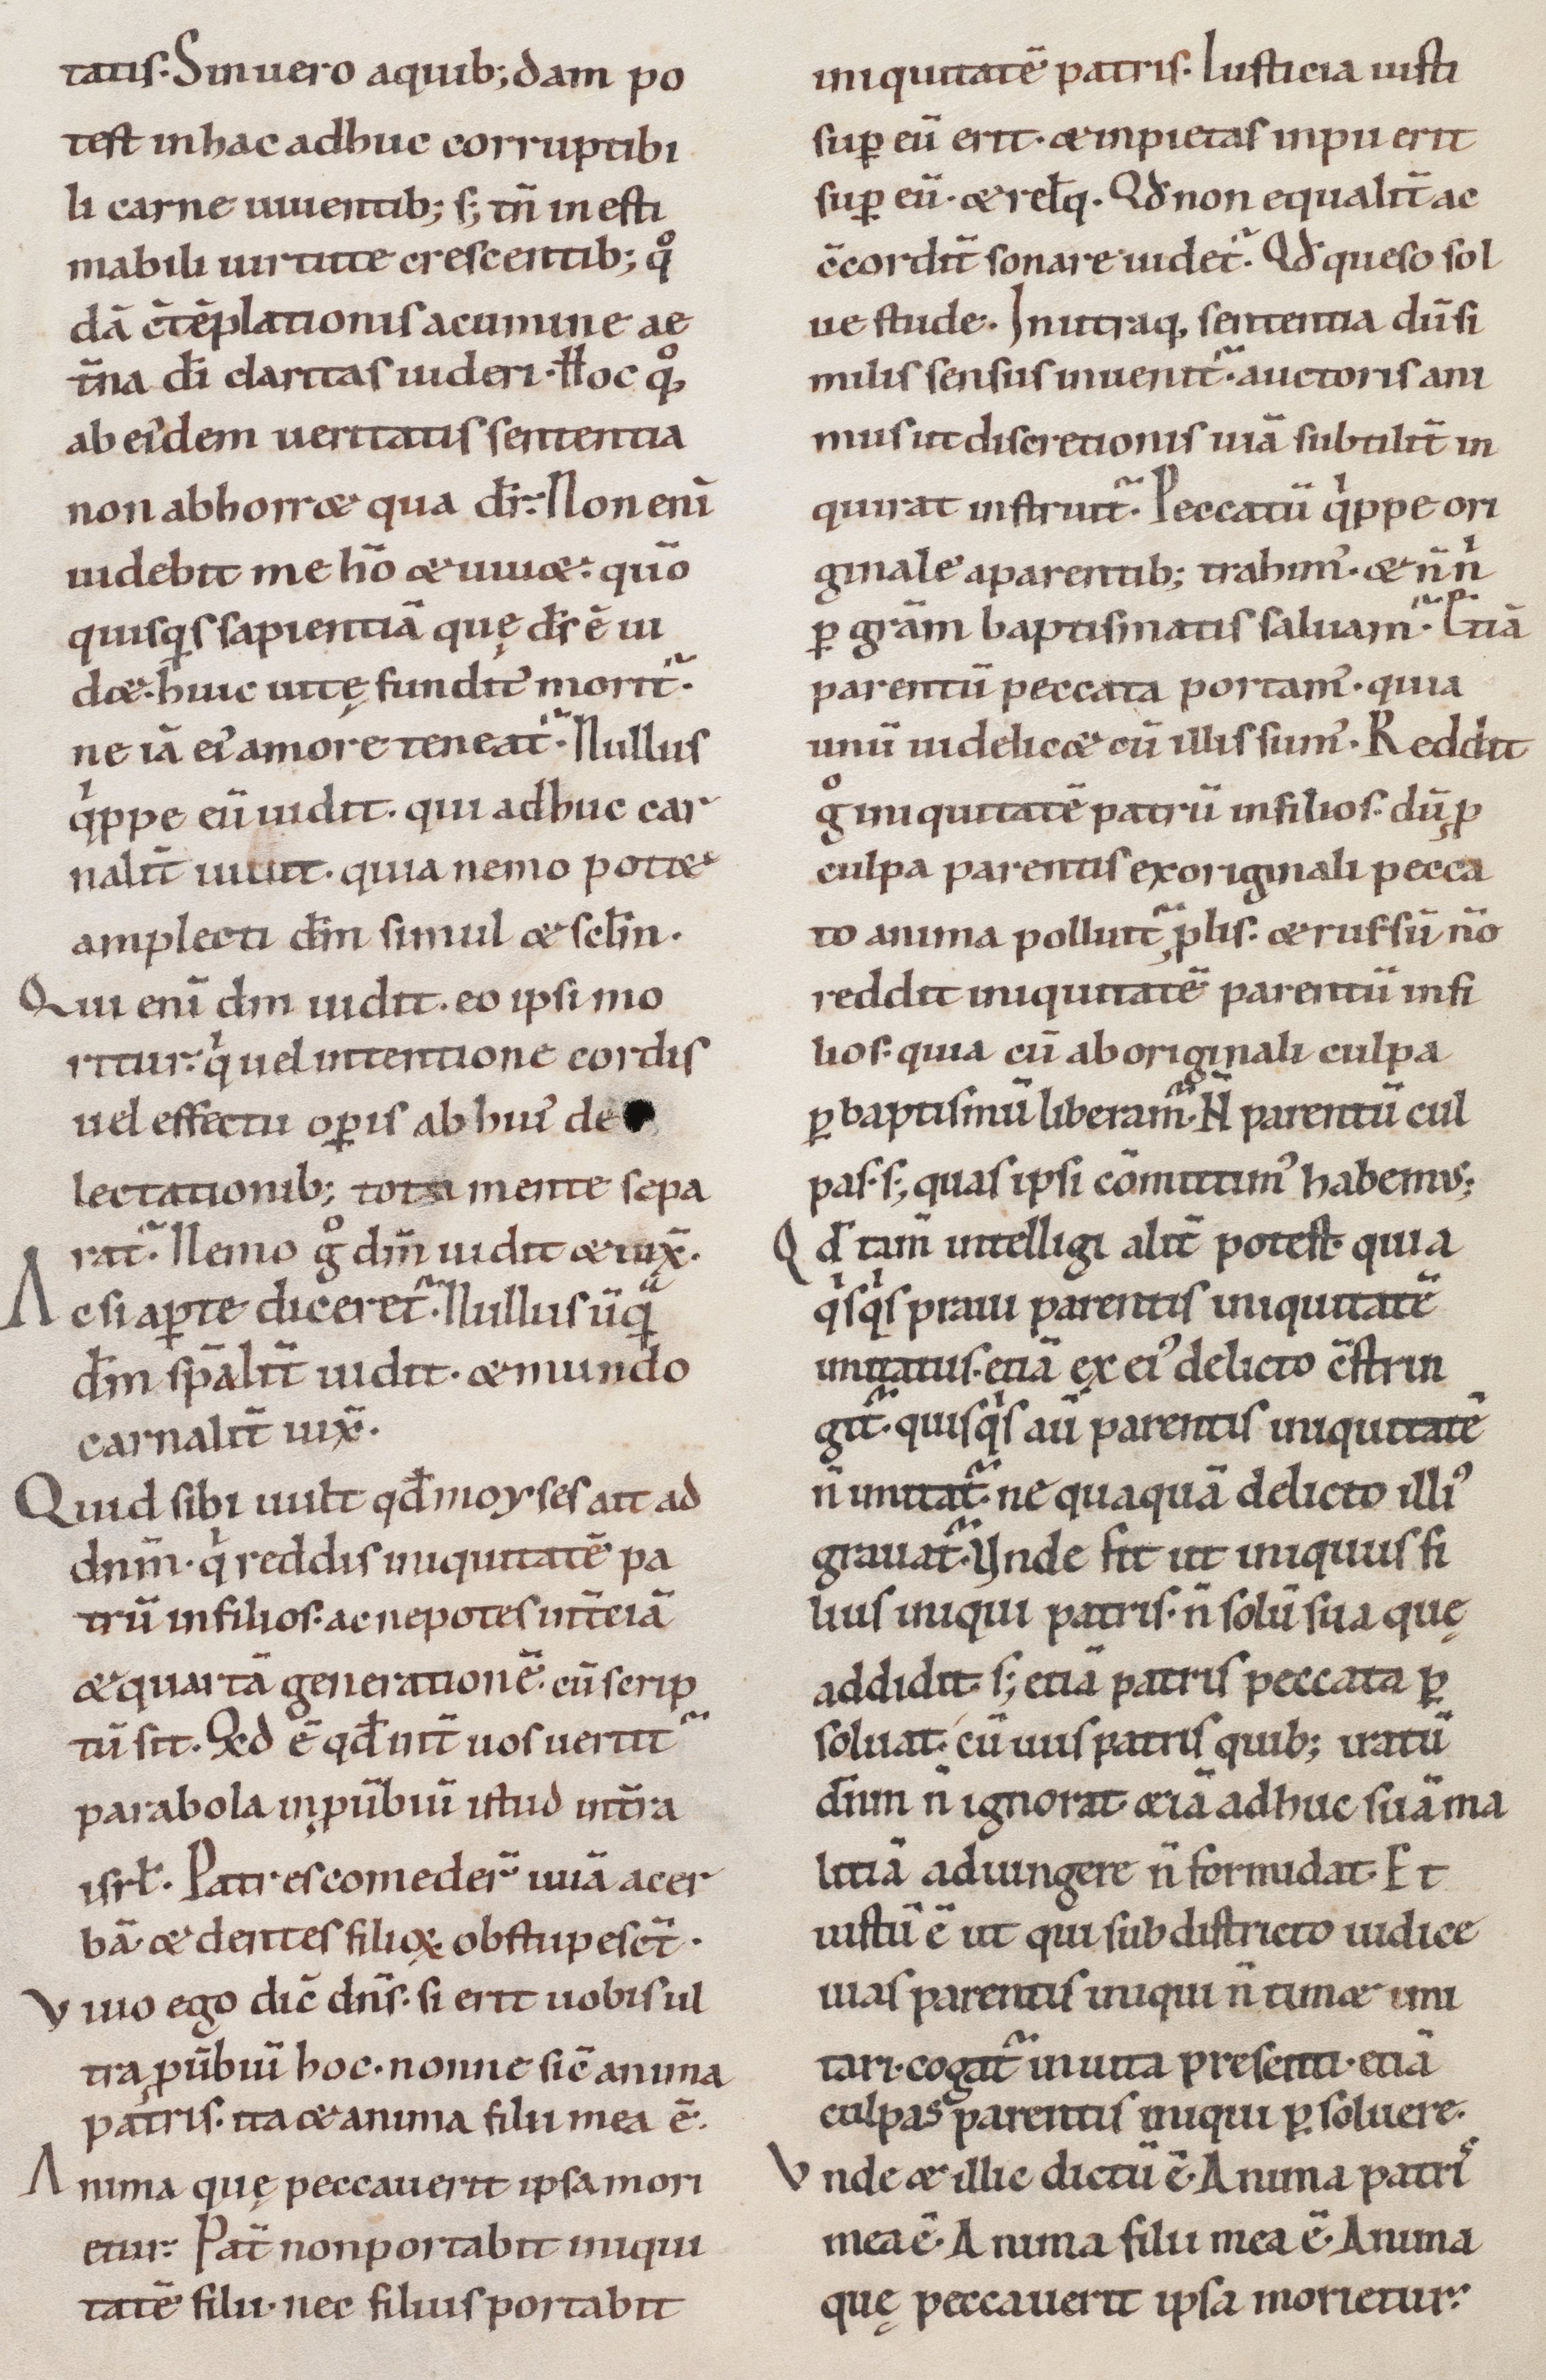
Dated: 1100–1199